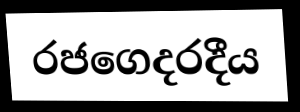
රජගෙදරදීය